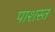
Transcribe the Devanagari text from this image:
पाशस्त